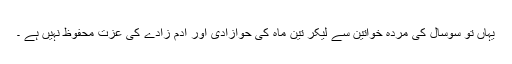
یہاں تو سوسال کی مردہ خواتین سے لیکر تین ماہ کی حوازادی اور آدم زادے کی عزت محفوظ نہیں ہے ۔